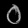
Digit: ၀